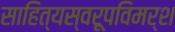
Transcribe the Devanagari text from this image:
साहित्यस्वरूपविमर्श